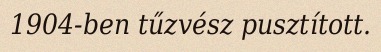
1904-ben tűzvész pusztított.